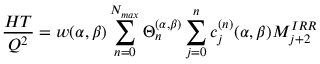
\frac { H T } { Q ^ { 2 } } = w ( \alpha , \beta ) \sum _ { n = 0 } ^ { N _ { m a x } } \Theta _ { n } ^ { ( \alpha , \beta ) } \sum _ { j = 0 } ^ { n } c _ { j } ^ { ( n ) } ( \alpha , \beta ) M _ { j + 2 } ^ { I R R }